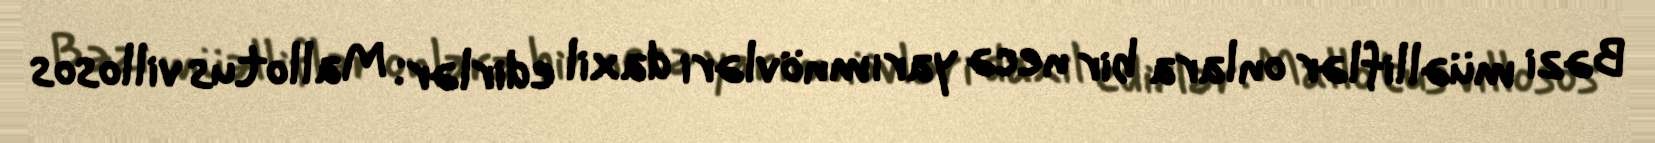
Bəzi müəlliflər onlara bir necə yarımnövləri daxil edirlər: Mallotus villosos